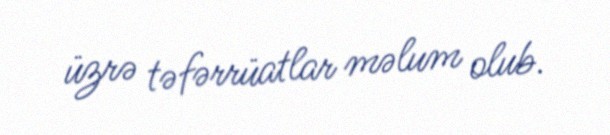
üzrə təfərrüatlar məlum olub.